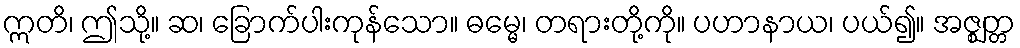
ဣတိ၊ ဤသို့။ ဆ၊ ခြောက်ပါးကုန်သော။ ဓမ္မေ၊ တရားတို့ကို။ ပဟာနာယ၊ ပယ်၍။ အဇ္ဈတ္တ